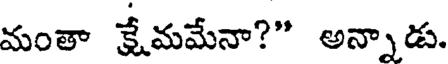
మంతా క్షేమమేనా?" అన్నాడు.